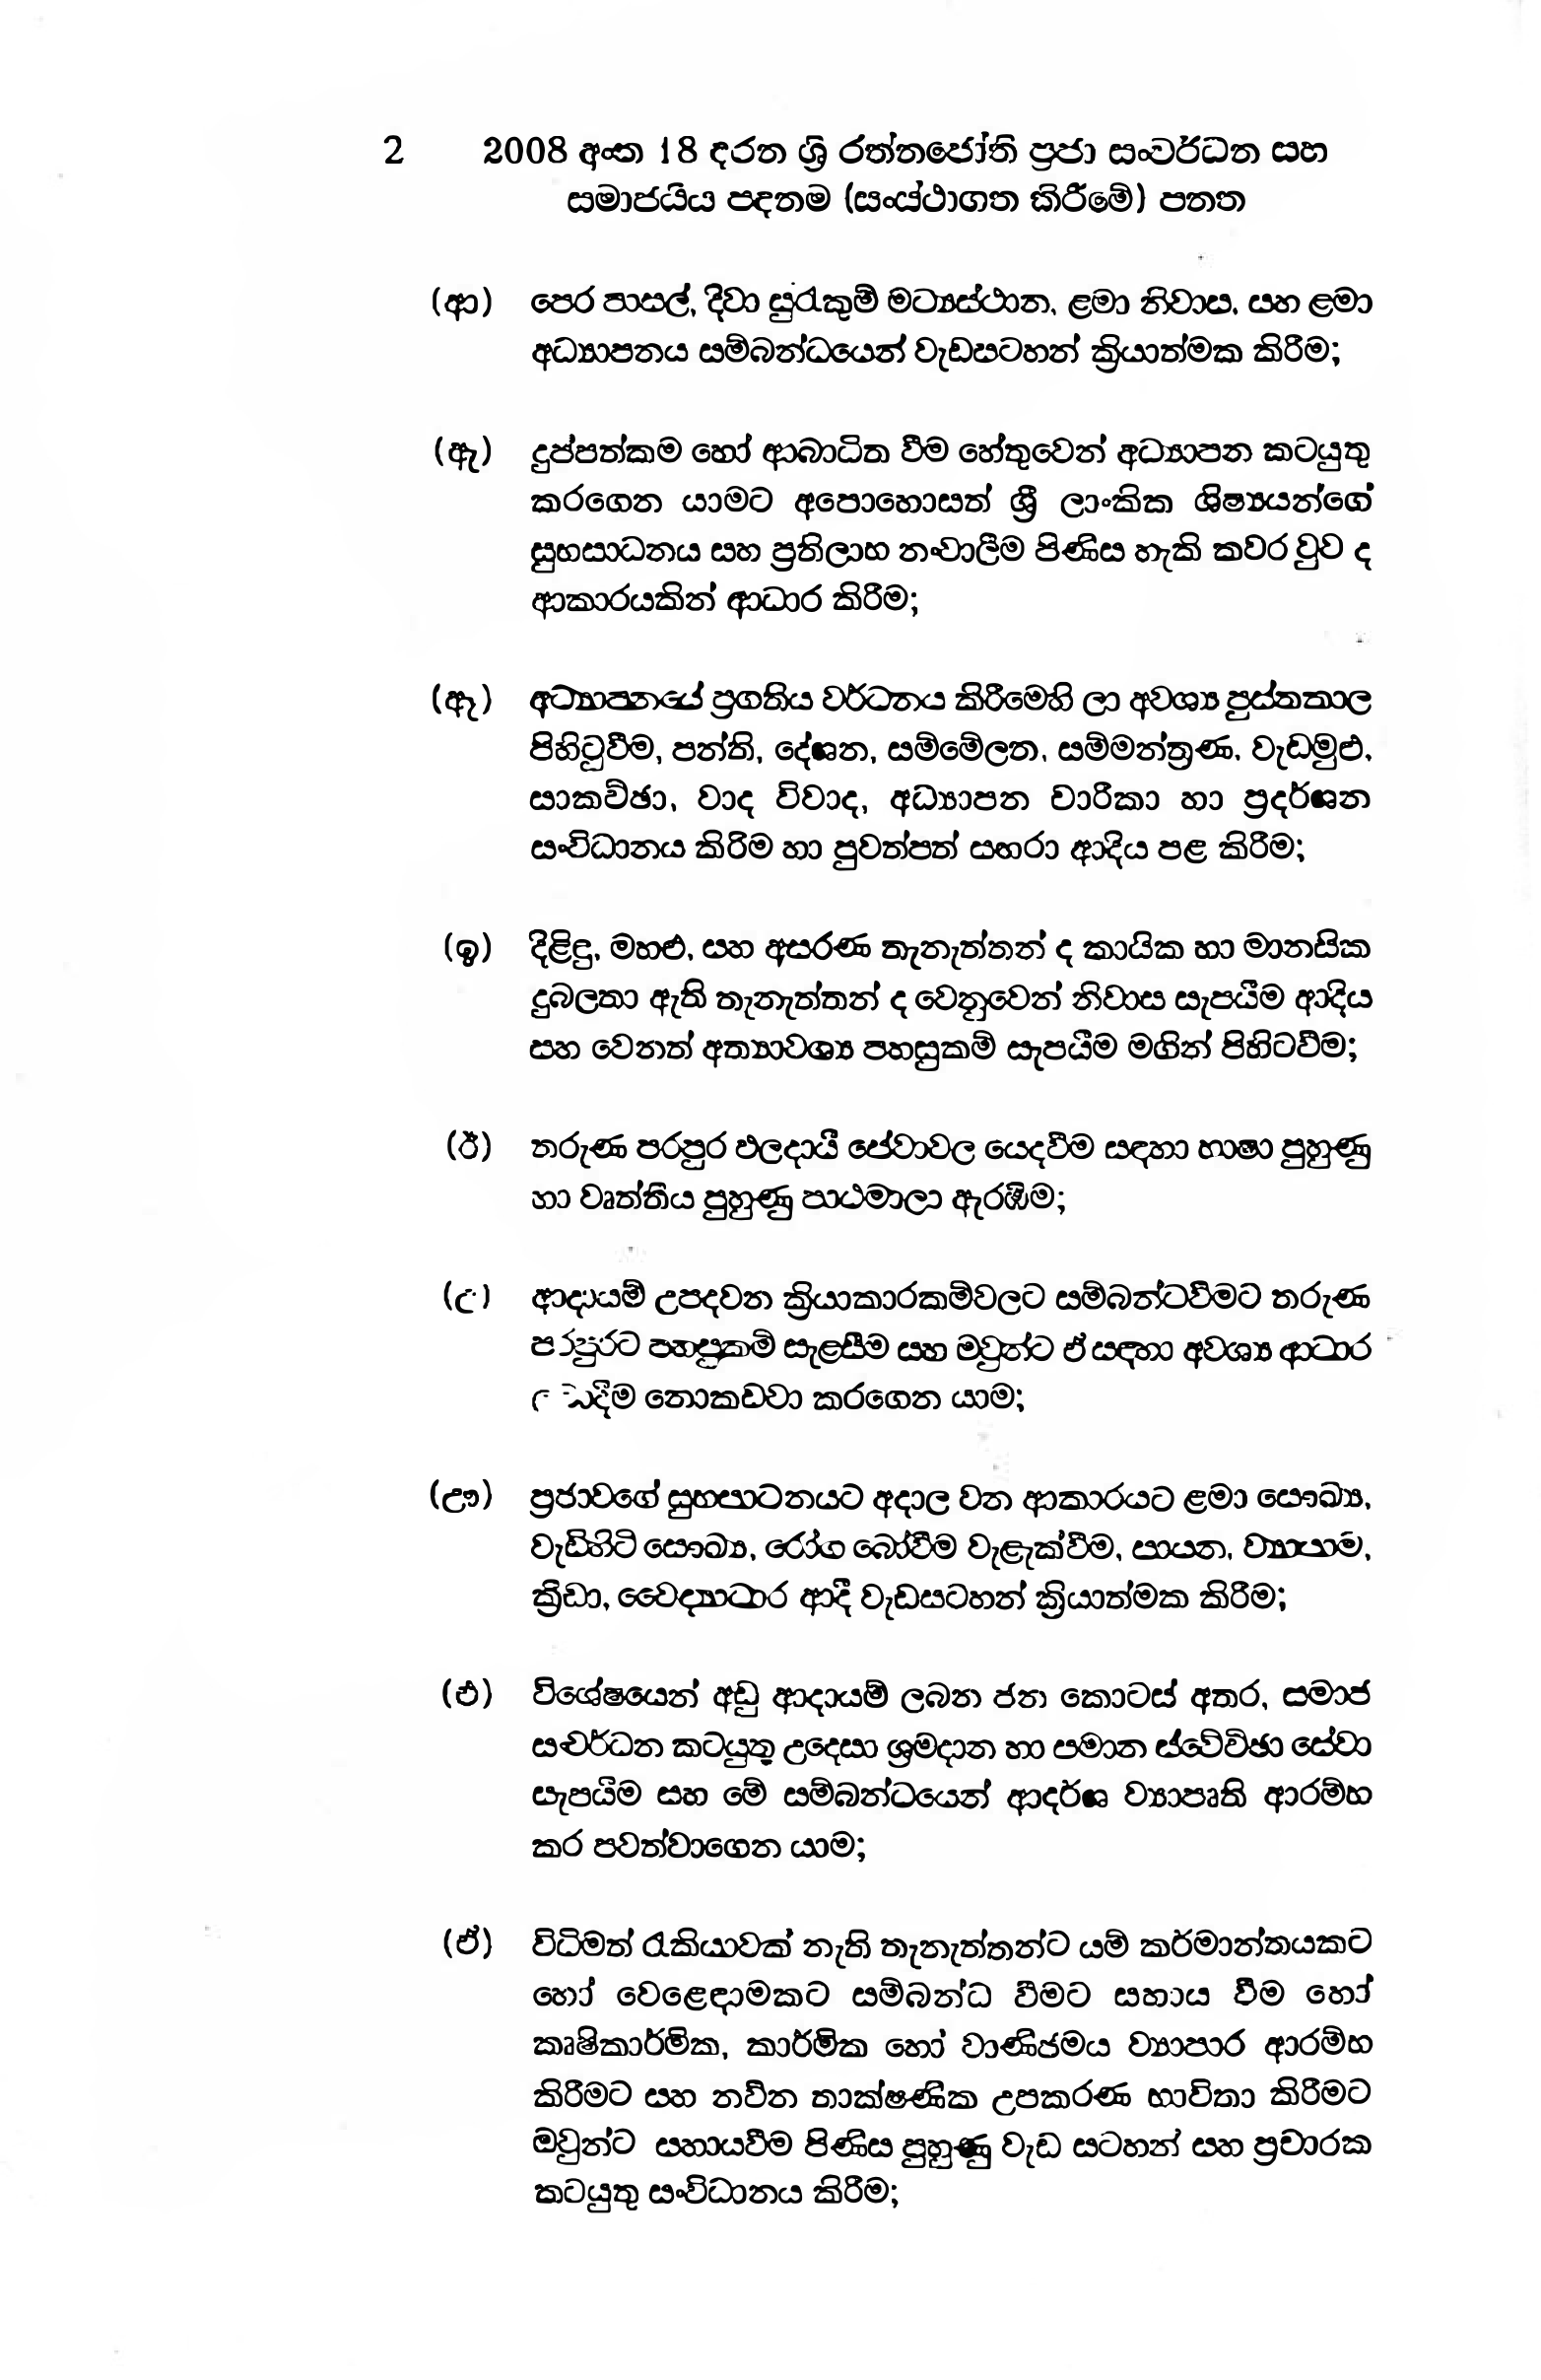
2 2008 අංක 18 දරන ශ්‍රි රත්තජෝති ප්‍රජා සංවර්ධන සහ
සමාජයීය පදතම (සංස්ථාගත කිරීමේ) පතත

(ආ) පෙර පාසල් දිවා සුරැකුම් මධ්‍යස්ථාන, ළමා නිවාප, සහ ළමා
අධ්‍යාපනය සම්බන්ධයෙන් වැඩසටහන් ක්‍රියාත්මක කිරීම;

(ඈ) දුප්පත්කම හෝ ආබාධිත වීම හේතුවෙන් අධ්‍යාපන කටයුතු
කරගෙන යාමට අපොහොසත් ශ්‍රී ලාංකික ශිෂ්‍යයන්ගේ
සුභසාධනය සහ ප්‍රතිලාභ නංවාලීම පිණිස හැකි කවර වුව ද
ආකාරයකින් ආධාර කිරීම;

(ඈ) අධ්‍යානයේ ප්‍රගතිය වර්ධනය කිරීමෙහි ලා අවශ්‍ය පුස්තතාල
පිහිටුවීම, පන්ති, දේශන, සම්මේලන, සම්මන්ත්‍රණ, වැඩමුළු,
සාකච්ඡා, වාද විවාද, අධ්‍යාපන චාරීකා හා ප්‍රදර්ශන
සංවිධානය කිරිම හා පුවත්පත් සඟරා ආදිය පළ කිරීම;

(ඉ) දිළිඳු, මහළු, සහ අසරණ තැනැත්තන් ද කායික හා මානසික
දුබලතා ඇති තැනැත්තන් ද වෙනුවෙන් නිවාස සැපයීම ආදිය
සහ වෙනත් අත්‍යාවශ්‍ය පහසුකම් සැපයීම මගින් පිහිටවීම;

(ඊ) තරුණ පරපුර ඵලදායී සේවාවල යෙදවීම සඳහා භාෂා පුහුණු
හා වෘත්තිය පුහුණු පාඨමාලා ඇරඹීම;

(උ) ආදායම් උපදවන ක්‍රියාකාරකම්වලට සම්බන්ධවීමට තරුණ
පරපුරට පහසුකම් සැළසීම සහ ඔවුන්ට ඒ සඳහා අවශ්‍ය ආධාර
ලබාදීම නොකඩවා කරගෙන යාම;

(ඌ) ප්‍රජාවගේ සුභසාධනයට අදාල වන ආකාරයට ළමා සෞඛ්‍ය,
වැඩිහිටි සෞඛ්‍ය, රෝග බෝවීම වැළැක්වීම, පායන, ව්‍යාපාම,
ක්‍රීඩා, වෛද්‍යාධාර ආදී වැඩසටහන් ක්‍රියාත්මක කිරීම;

(එ) විශේෂයෙන් අඩු ආදායම් ලබන ජන කොටස් අතර, සමාජ
සචර්ධන කටයුතු උදෙසා ශ්‍රමදාන හා පමාන ස්වේවිඡා සේවා
සැපයීම සහ මේ සම්බන්ධයෙන් ආදර්ශ ව්‍යාපෘති ආරම්භ
කර පවත්වාගෙන යාම;

(ඒ) විධිමත් රැකියාවක් නැති තැනැත්තන්ට යම් කර්මාන්තයකට
හෝ වෙළෙඳාමකට සම්බන්ධ වීමට සහාය වීම හෝ
කෘෂිකාර්මික, කාර්මික හෝ වාණිජමය ව්‍යාපාර ආරම්භ
කිරීමට සහ නව්න තාක්ෂණික උපකරණ භාවිතා කිරීමට
ඔවුන්ට සහායවීම පිණිස පුහුණු වැඩ සටහන් සහ ප්‍රචාරක
කටයුතු සංවිධානය කිරීම;